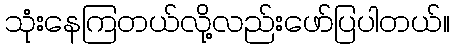
သုံးနေကြတယ်လို့လည်းဖော်ပြပါတယ်။